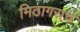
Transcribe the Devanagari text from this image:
मिठागराचे